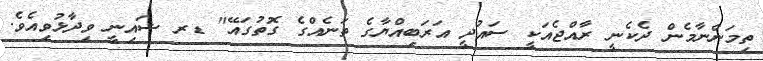
ތިމަންނާމެން ދެކެނީ ރާއްޖެއަކީ ސައުދީ އަރަބިއްޔާގެ ތަނެއްގެ ގޮތުގައޭ" ޑރ ޝައިނީ ވިދާޅުވިއެވެ.